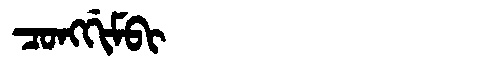
Manchu: ᠴᠣᠩᡤᡳᠮᠪᡳ
Romanization: CONGGIMBI